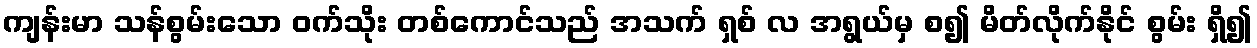
ကျန်းမာ သန်စွမ်းသော ဝက်သိုး တစ်ကောင်သည် အသက် ရှစ် လ အရွယ်မှ စ၍ မိတ်လိုက်နိုင် စွမ်း ရှိ၍